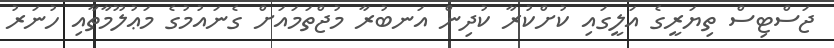
ޖަސްޓިސް ތިޔަރީގެ އަލީގައި ކުށްކުރާ ކުދިން އަނބުރާ މުޖްތަމައަށް ގެނައުމުގެ މަޢުލޫމާތާއި ހުނަރު